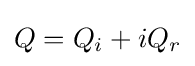
Q=Q_{i}+iQ_{r}